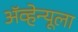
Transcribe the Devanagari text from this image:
ॲव्हेन्यूला